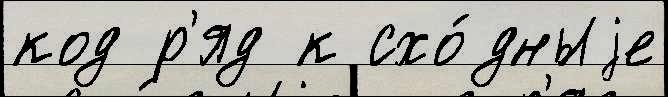
код р'яд к схо́дныjе